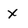
Character: x